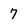
Character: 7